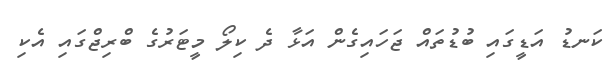
ކަނޑު އަޑީގައި ބުޑުތައް ޖަހައިގެން އަޅާ ދެ ކިލޯ މީޓަރުގެ ބްރިޖްގައި އެކި